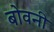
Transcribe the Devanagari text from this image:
बोवनी